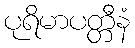
ပုရိမာပတ္တီနံ